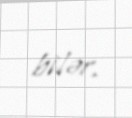
bilər.